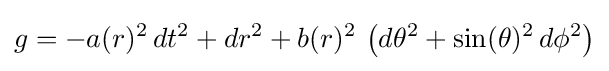
g=-a(r)^{2}\,dt^{2}+dr^{2}+b(r)^{2}\,\left(d\theta ^{2}+\sin(\theta )^{2}\,d\phi ^{2}\right)